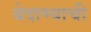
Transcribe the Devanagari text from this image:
बेदाण्याची